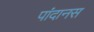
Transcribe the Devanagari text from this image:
पांदानस